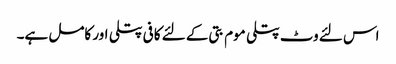
اس لئے وٹ پتلی موم بتی کے لئے کافی پتلی اور کامل ہے۔